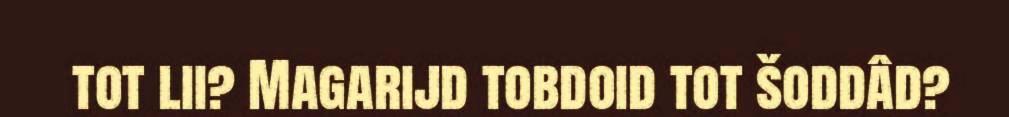
tot lii? Magarijd tobdoid tot šoddâd?